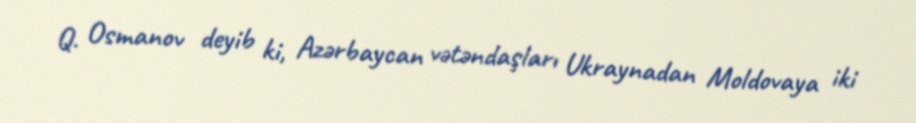
Q. Osmanov deyib ki, Azərbaycan vətəndaşları Ukraynadan Moldovaya iki